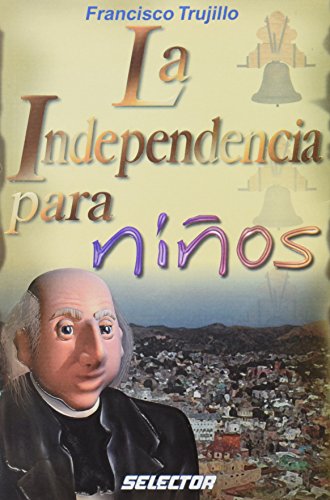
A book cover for La Independencia para NiÃ±os (Spanish Edition); Francisco Trujillo; Children's Books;